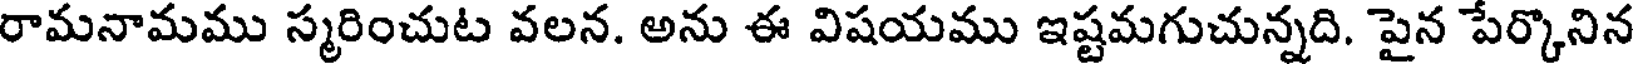
రామనామము స్మరించుట వలన. అను ఈ విషయము ఇష్టమగుచున్నది. పైన పేర్కొనిన